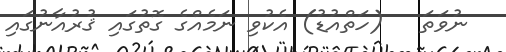
ނުވަތަ   (ހަތްއުޑު) އެކުވި ނަމެއްގެ ގޮތުގައި ޤުރުއާނުގައި